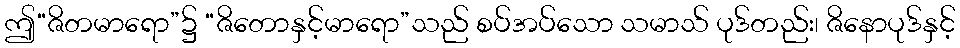
ဤ“ဇိတမာရော”၌ “ဇိတောနှင့်မာရော”သည် စပ်အပ်သော သမာသ် ပုဒ်တည်း၊ ဇိနောပုဒ်နှင့်